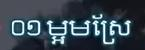
០១ ម្អមស្រែ